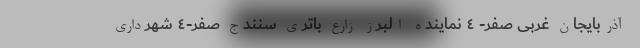
آذربایجان غربی صفر- ٤ نماینده البرز زارع باتری سنندج صفر-٤ شهرداری